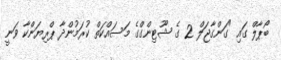
ބޯޕާލް ގައި "ގަންގާޖަލް 2 ގެ ޝޫޓިންގްގެ މަސައްކަތް ކުރަމުންދާ ޕްރިޔަންކާ ވަނީ